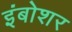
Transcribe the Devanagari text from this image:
इंबोशर